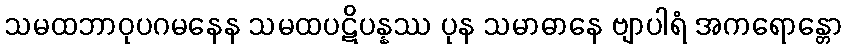
သမထဘာဝုပဂမနေန သမထပဋိပန္နဿ ပုန သမာဓာနေ ဗျာပါရံ အကရောန္တော